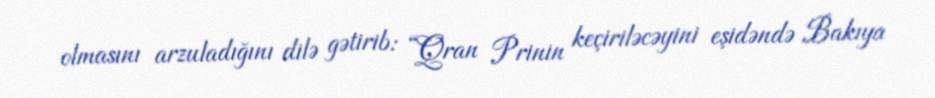
olmasını arzuladığını dilə gətirib: “Qran Prinin keçiriləcəyini eşidəndə Bakıya